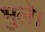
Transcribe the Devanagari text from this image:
भुले।